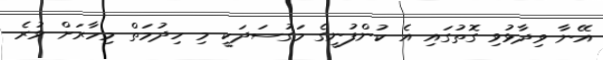
އޭނާ ވިދާޅުވި ގޮތުގައި އެ ކުންފުނީގެ މަގުސަދަކީ މި ހިދުމަތް މިހާރަށް ވުރެ